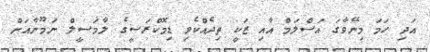
އަދި ހަމަ މިނޭވާގަ އަސްލަމް އާއި ޒަކީ ތިދެއްކެވި ޑިމޮކްރަސީގެ ލާމަސީލް ނަމޫނާއަށް